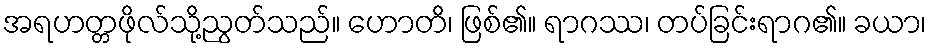
အရဟတ္တဖိုလ်သို့ညွတ်သည်။ ဟောတိ၊ ဖြစ်၏။ ရာဂဿ၊ တပ်ခြင်းရာဂ၏။ ခယာ၊